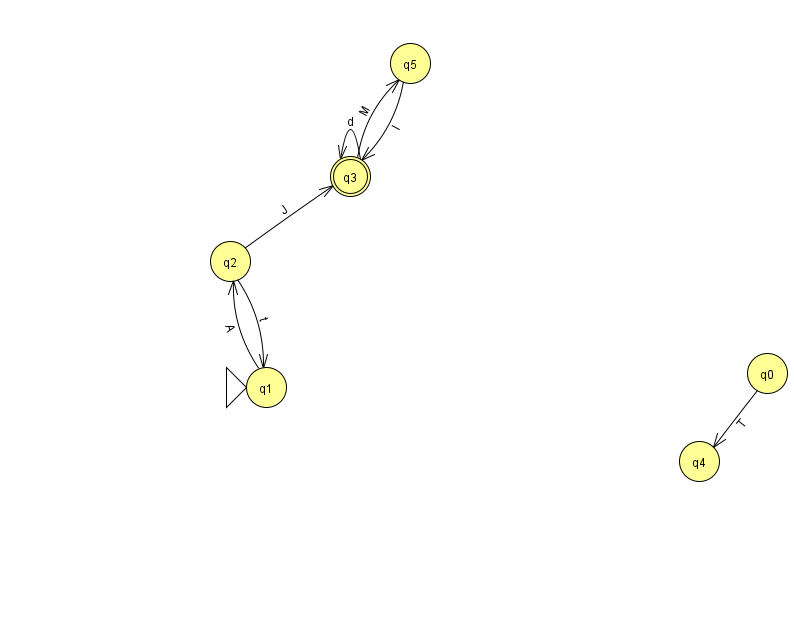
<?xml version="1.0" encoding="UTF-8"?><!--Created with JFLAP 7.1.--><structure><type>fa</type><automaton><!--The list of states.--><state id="0" name="q0"><x>767.0</x><y>360.0</y></state><state id="1" name="q1"><x>266.0</x><y>374.0</y><initial/></state><state id="2" name="q2"><x>230.0</x><y>248.0</y></state><state id="3" name="q3"><x>350.0</x><y>163.0</y><final/></state><state id="4" name="q4"><x>699.0</x><y>448.0</y></state><state id="5" name="q5"><x>410.0</x><y>50.0</y></state><!--The list of transitions.--><transition><from>5</from><to>3</to><read>I</read></transition><transition><from>2</from><to>3</to><read>J</read></transition><transition><from>3</from><to>3</to><read>d</read></transition><transition><from>3</from><to>5</to><read>M</read></transition><transition><from>2</from><to>1</to><read>t</read></transition><transition><from>0</from><to>4</to><read>T</read></transition><transition><from>1</from><to>2</to><read>A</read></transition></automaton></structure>